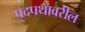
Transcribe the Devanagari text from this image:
पदपथावरील